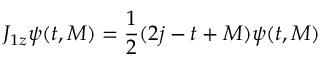
J _ { 1 z } \psi ( t , M ) = \frac { 1 } { 2 } ( 2 j - t + M ) \psi ( t , M )